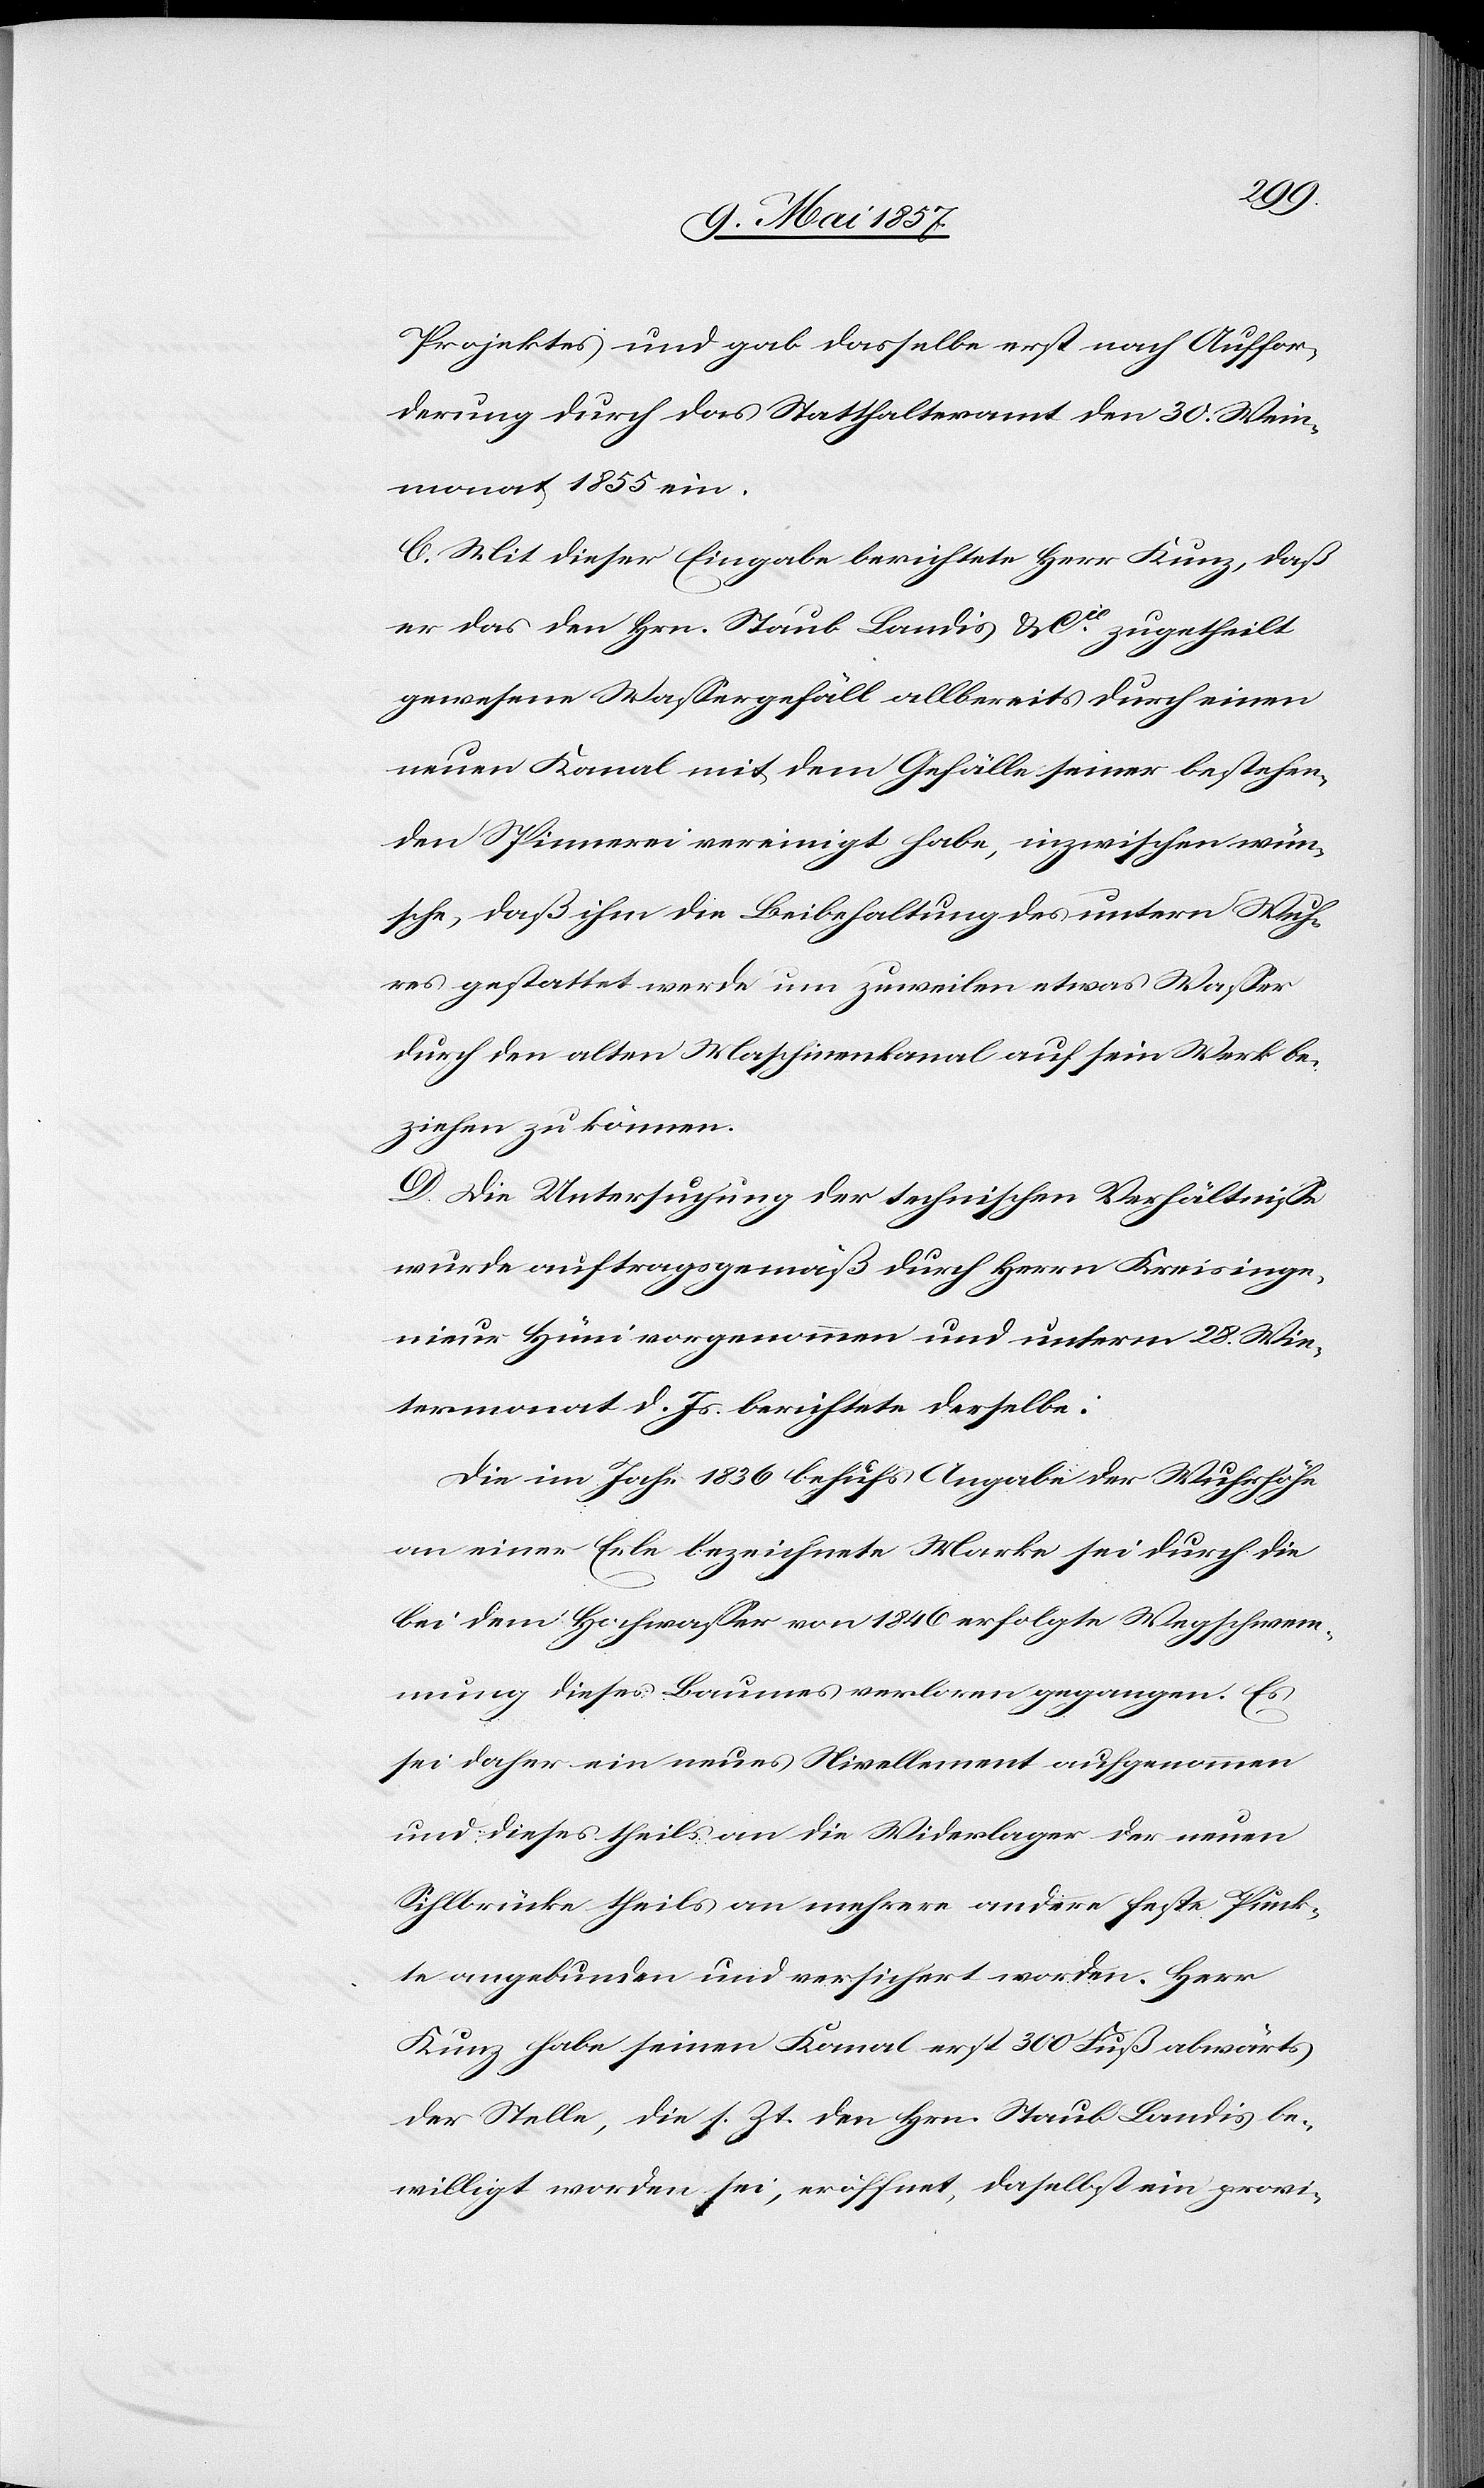
Projektes und gab dasselbe erst nach Auffor¬
derung durch das Statthalteramt den 30 Wein¬
monat 1855 ein.
C. Mit dieser Eingabe berichtete Herr Kunz, daß
er das den Hrn. Staub Landis & Cie zugetheilt
gewesene Wassergefäll allbereits durch einen
neuen Kanal mit dem Gefälle seiner bestehen¬
den Spinnerei vereinigt habe, inzwischen wün¬
sche, daß ihm die Beibehaltung des untern Wuh¬
res gestattet werde um zuweilen etwas Wasser
durch den alten Maschinenkanal auf sein Werk be¬
ziehen zu können.
D. Die Untersuchung der technischen Verhältnisse
wurde auftragsgemäß durch Herrn Kreisinge¬
nieur Hüni vorgenommen und unterm 28 Win¬
termonat d. Js. berichtete derselbe:
Die im Jahr 1836 behufs Angabe der Wuhrhöhe
an einer Erle bezeichnete Marke sei durch die
bei dem Hochwasser von 1846 erfolgte Wegschwem¬
mung dieses Baumes verloren gegangen. Es
sei daher ein neues Nivellement aufgenommen
und dieses theils an die Widerlager der neuen
Sihlbrücke theils an mehrere andere feste Punk¬
te angebunden und versichert worden. Herr
Kunz habe seinen Kanal erst 300 Fuß abwärts
der Stelle, die s. Zt. den Hrn. Staub Landis be¬
willigt worden sei, eröffnet, daselbst ein provi-